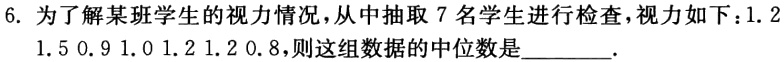
6. 为了解某班学生的视力情况，从中抽取 7 名学生进行检查，视力如下：1.2  1.5 0.9 1.0 1.2 1.2 0.8，则这组数据的中位数是________.